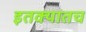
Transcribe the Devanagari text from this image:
इतक्यातच